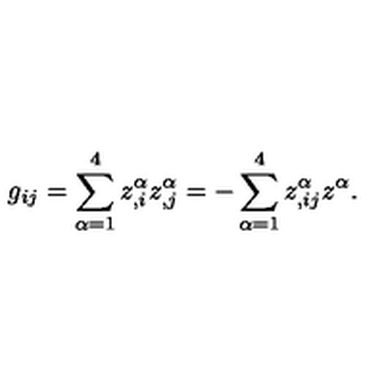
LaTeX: g _ { i j } = \sum _ { \alpha = 1 } ^ { 4 } { } z _ { , i } ^ { \alpha } z _ { , j } ^ { \alpha } = - \sum _ { \alpha = 1 } ^ { 4 } { } z _ { , i j } ^ { \alpha } z ^ { \alpha } .